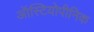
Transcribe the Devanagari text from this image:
ऑस्टियोपीनिक